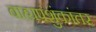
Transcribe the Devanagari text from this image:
बाह्यपशुंकांतर